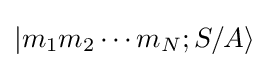
|m_{1}m_{2}\cdots m_{N};S/A\rangle